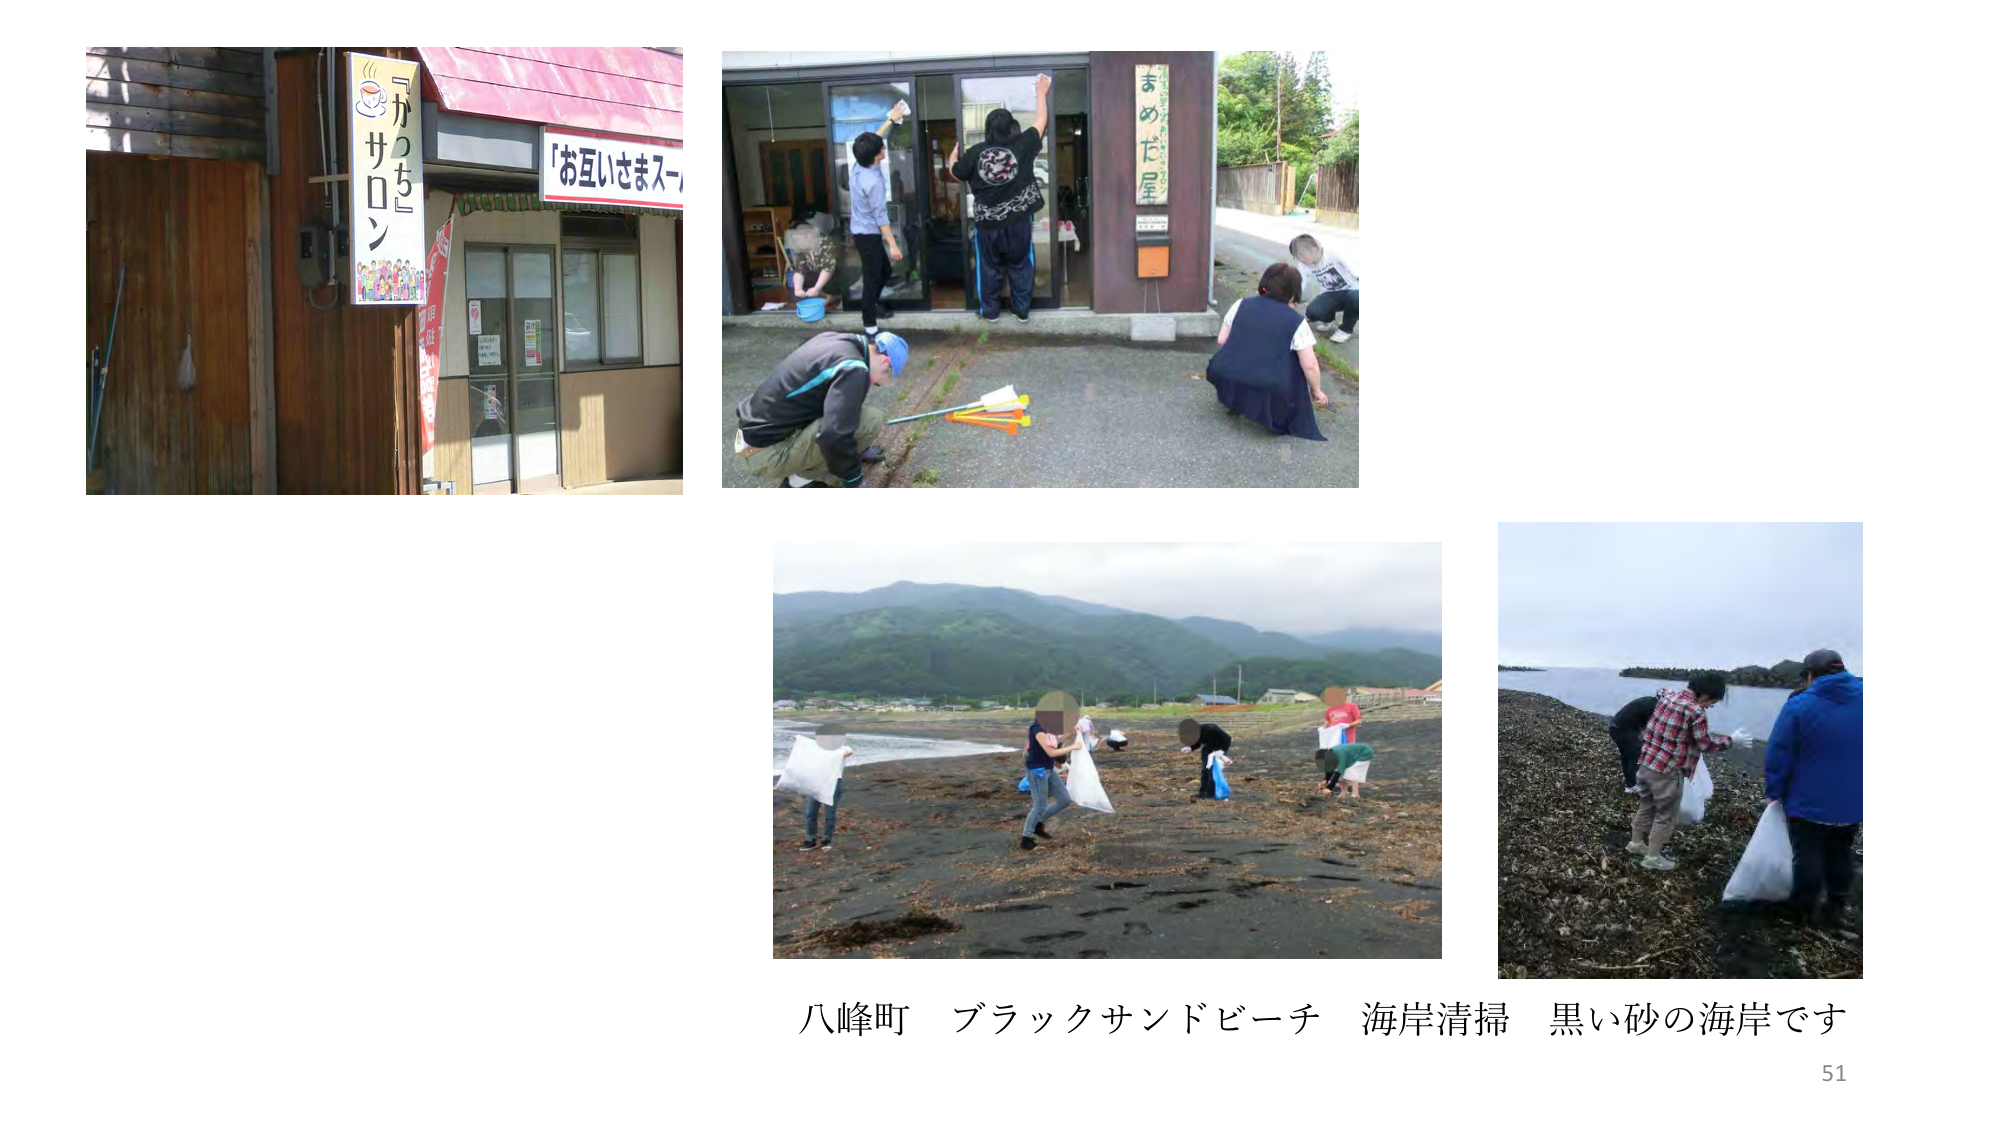
「かっち」
サロン
「お互いさまスー
まめだ屋
八峰町 ブラックサンドビーチ 海岸清掃 黒い砂の海岸です
51